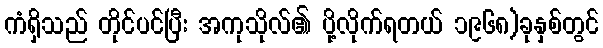
ကံရှိသည် တိုင်ပင်ပြီး အကုသိုလ်၏ ပို့လိုက်ရတယ် ၁၉၆၈)ခုနှစ်တွင်